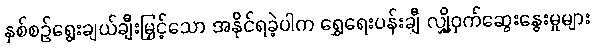
နှစ်စဉ်ရွေးချယ်ချီးမြှင့်သော အနိုင်ရခဲ့ပါက ရွှေရေးပန်းချီ လျှို့ဝှက်ဆွေးနွေးမှုများ